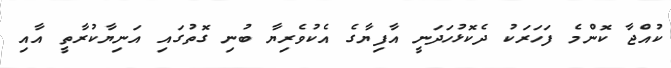
ކުއްޖާ ކޮންމެ ފަހަރަކު ދެކޮޅުހަދަނީ އާފިޔާގެ އެކުވެރިޔާ ބުނި ގޮތުގައި އަނިޔާކުރާތީ އާއި